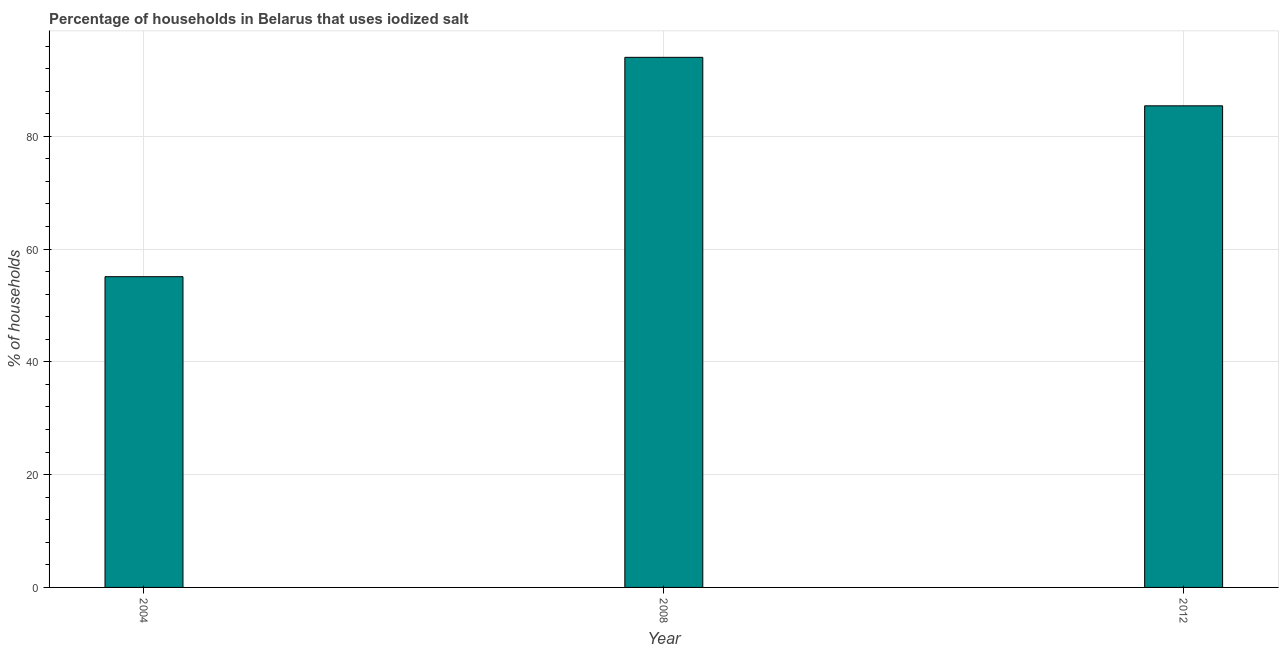
| Year | Consumption of iodized salt |
 | --- | --- |
 | 2004 | 55.1 |
 | 2008 | 94 |
 | 2012 | 85.4 |